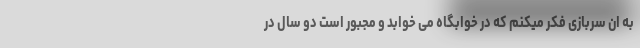
به ان سربازی فکر میکنم که در خوابگاه می خوابد و مجبور است دو سال در